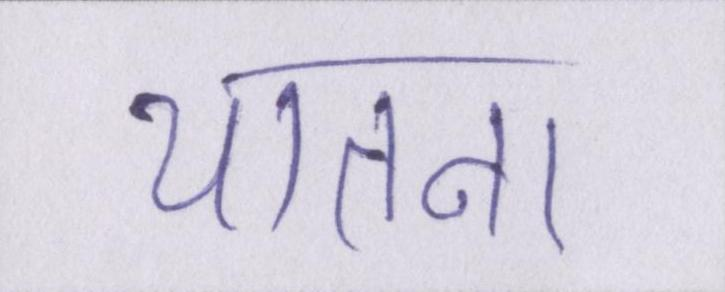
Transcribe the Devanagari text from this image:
यातना